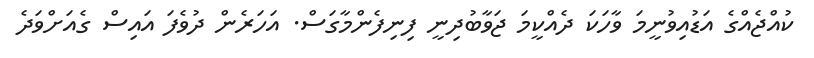
ކުއްޖެއްގެ އަޑުއިވުނީމަ ވާހަކަ ދެއްކީމަ ޖަވާބުދިނީ ފިނިފެންމާގަސް. އަަހަރެން ދުވެފަ އައިސް ގެއަށްވަދެ